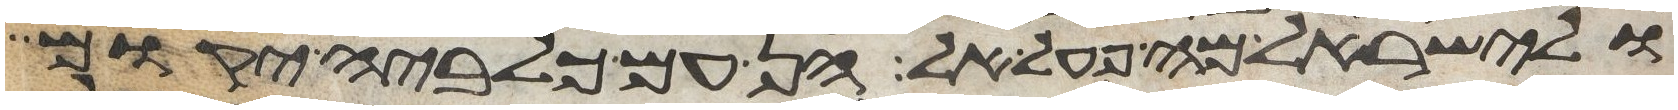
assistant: ולישראל מה פעל אל הן עם כלביה יקום